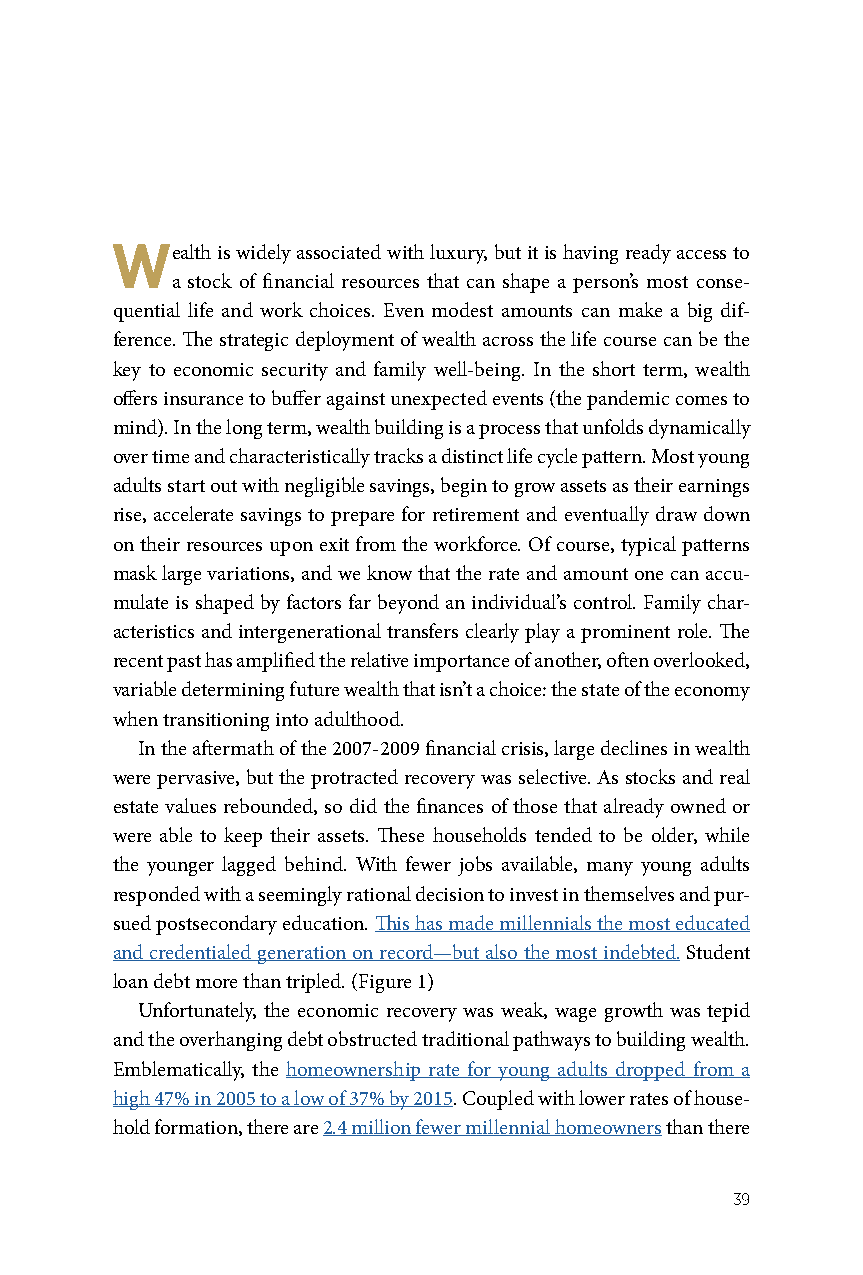
Wealth is widely associated with luxury, but it is having ready access to
 a stock of financial resources that can shape a person’s most conse-
 quential life and work choices. Even modest amounts can make a big dif-
 ference. The strategic deployment of wealth across the life course can be the
 key to economic security and family well-being. In the short term, wealth
 offers insurance to buffer against unexpected events (the pandemic comes to
 mind). In the long term, wealth building is a process that unfolds dynamically
 over time and characteristically tracks a distinct life cycle pattern. Most young
 adults start out with negligible savings, begin to grow assets as their earnings
 rise, accelerate savings to prepare for retirement and eventually draw down
 on their resources upon exit from the workforce. Of course, typical patterns
 mask large variations, and we know that the rate and amount one can accu-
 mulate is shaped by factors far beyond an individual’s control. Family char-
 acteristics and intergenerational transfers clearly play a prominent role. The
 recent past has amplified the relative importance of another, often overlooked,
 variable determining future wealth that isn’t a choice: the state of the economy
 when transitioning into adulthood.
 In the aftermath of the 2007-2009 financial crisis, large declines in wealth
 were pervasive, but the protracted recovery was selective. As stocks and real
 estate values rebounded, so did the finances of those that already owned or
 were able to keep their assets. These households tended to be older, while
 the younger lagged behind. With fewer jobs available, many young adults
 responded with a seemingly rational decision to invest in themselves and pur-
 sued postsecondary education. This has made millennials the most educated
 and credentialed generation on record—but also the most indebted. Student
 loan debt more than tripled. (Figure 1)
 Unfortunately, the economic recovery was weak, wage growth was tepid
 and the overhanging debt obstructed traditional pathways to building wealth.
 Emblematically, the homeownership rate for young adults dropped from a
 high 47% in 2005 to a low of 37% by 2015. Coupled with lower rates of house-
 hold formation, there are 2.4 million fewer millennial homeowners than there
 39